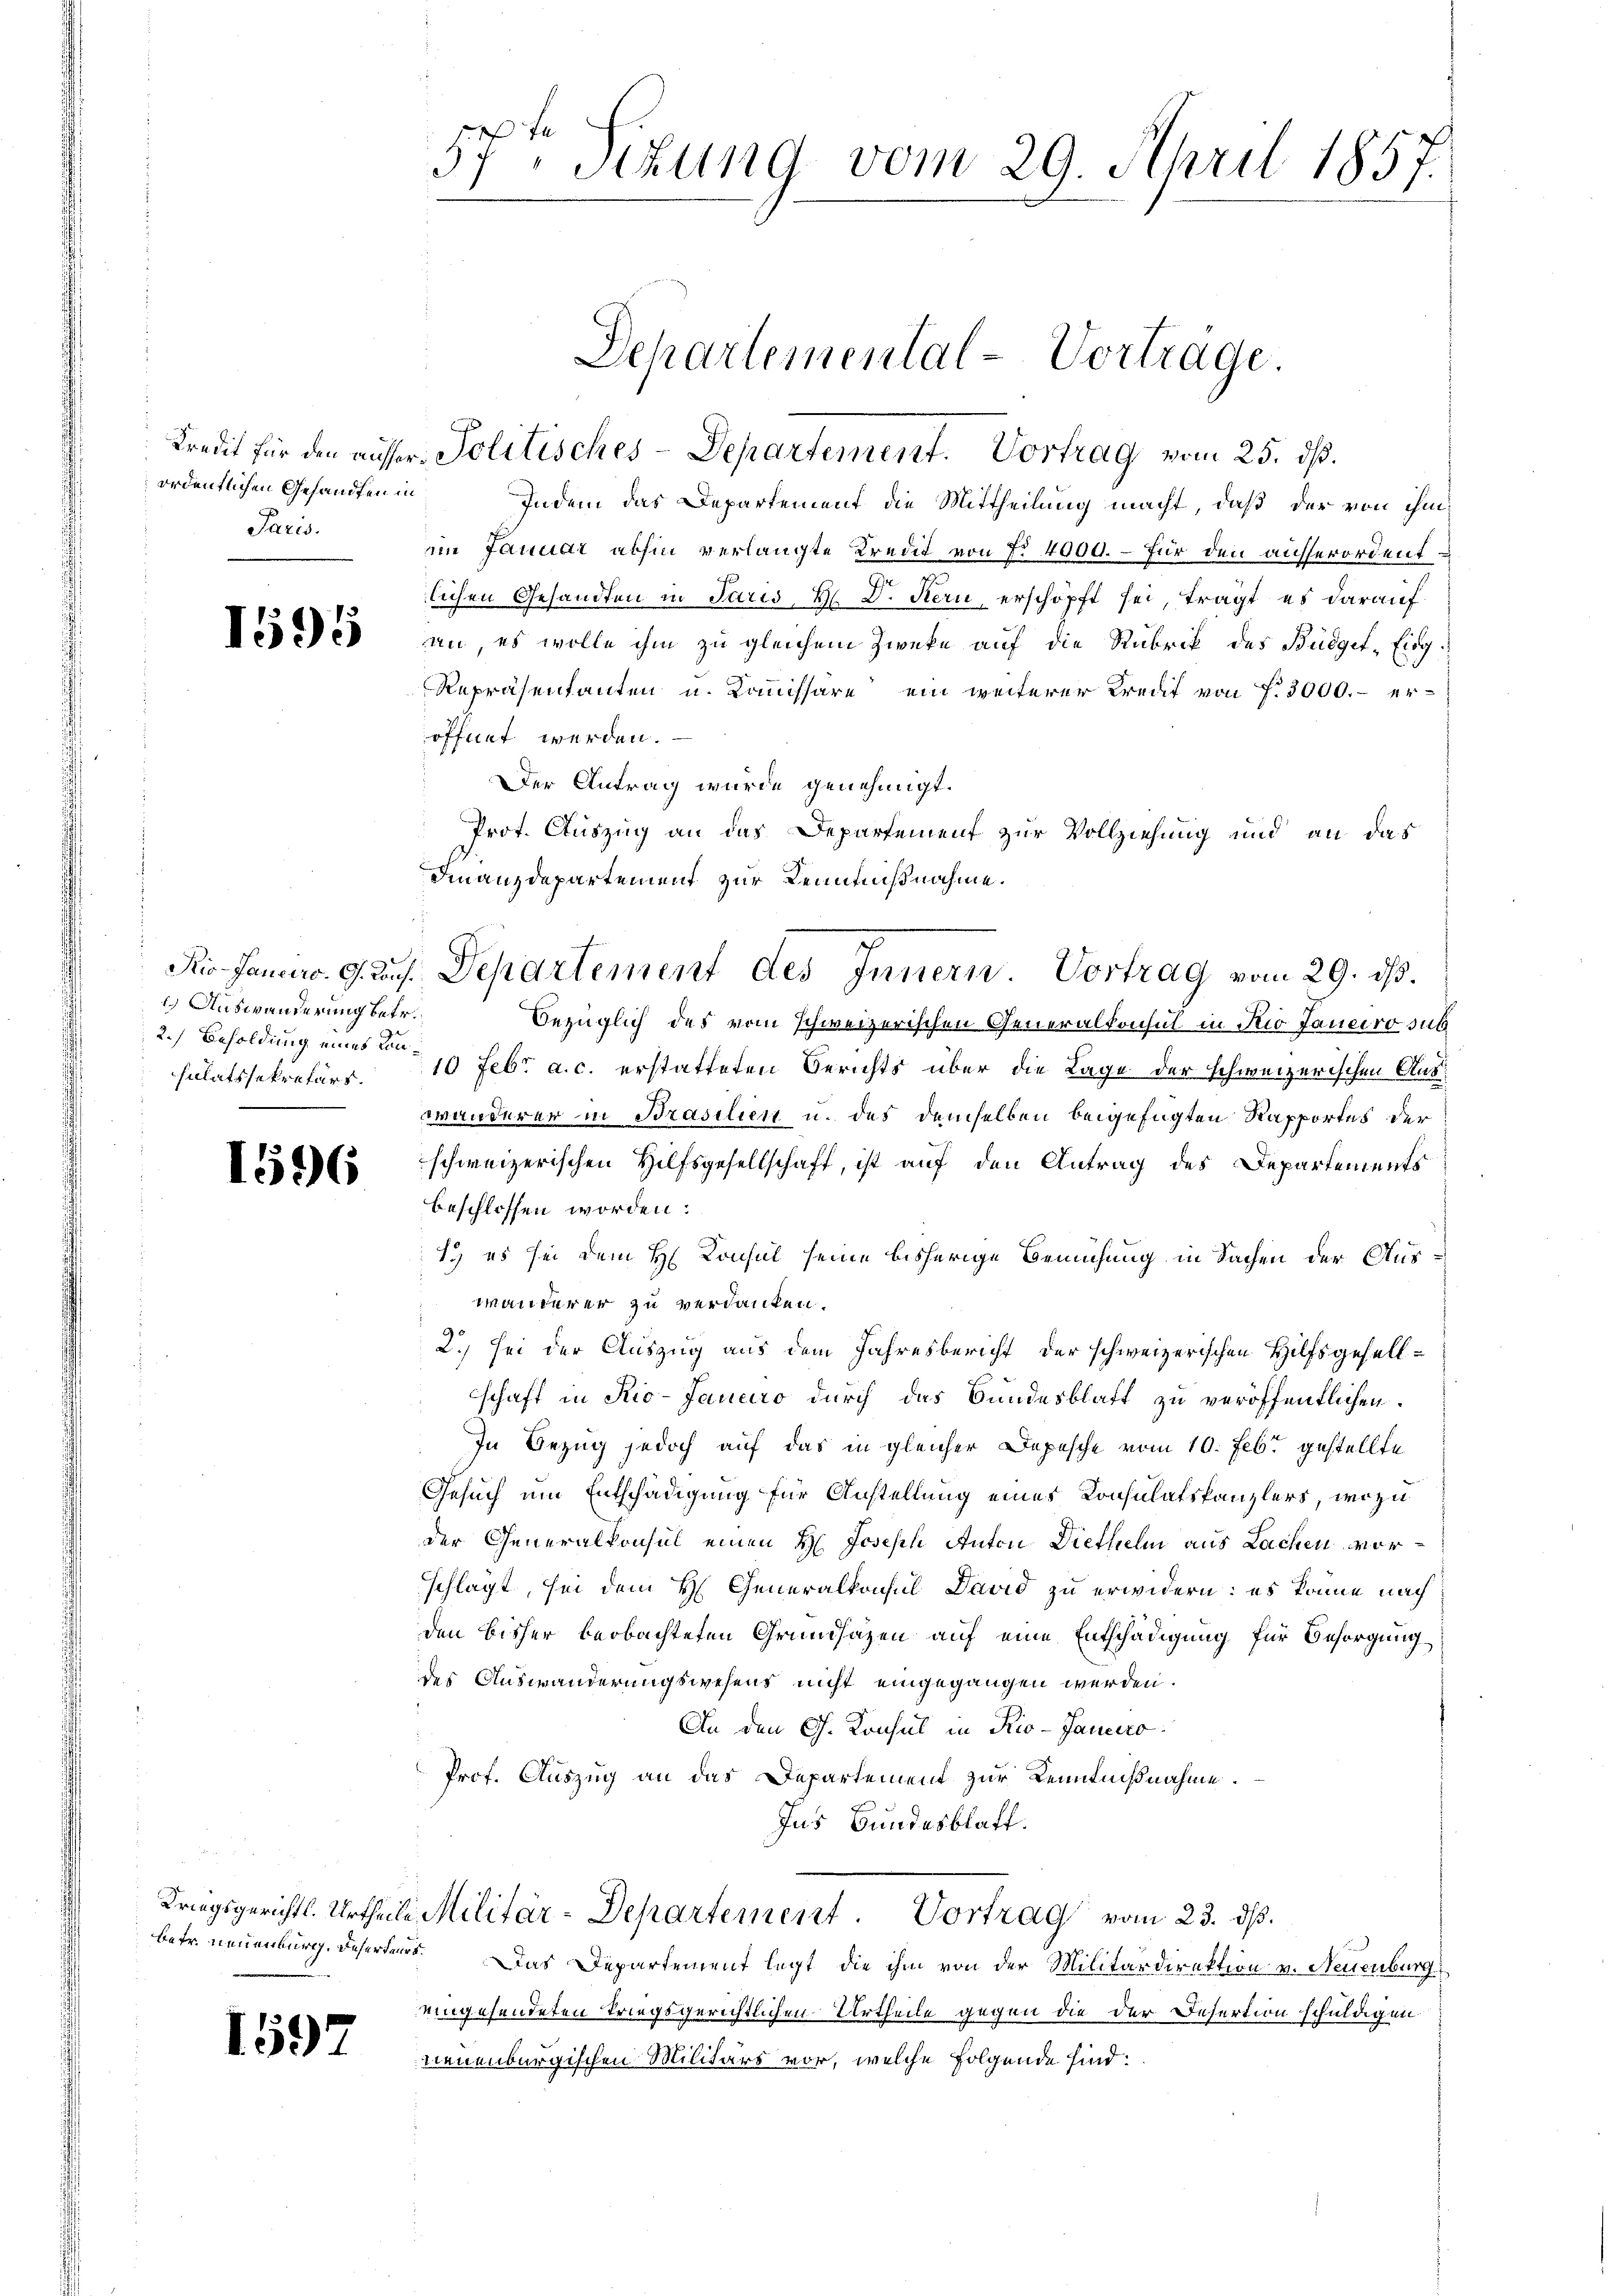
ordentlichen Gesandten in
Paris.

1595

1.) Auswänderung betr.
2.) Besoldung eines Konsulatssekretärs.

1596

1597

Indem das Departement die Mittheilung macht, daß der von ihm
im Januar abhin verlangte Kredit von f. 4000. – Für den ausserordentlichen Gesandten in Paris, H. D. Kern, erschöpft sei, trägt es darauf
an, es wolle ihm zu gleichem Zwecke auf die Rubrik des Büdget-Eidg.
Repräsentanten u. Kommissäre ein weiterer Kredit von f. 3000.- er-
öffnet werden.
Der Antrag wurde genehmigt.
Prot. Auszug an das Departement zur Vollziehung und an das
Finanzdepartement zur Kenntnißnahme.
Bezüglich des vom schweizerischen Generalkonsul in Rio Janeiro sub
10 Febr. a. c. erstatteten Berichts über die Lage der schweizerischen Auswanderer in Brasilien u. des demselben beigefügten Rapportes der
schweizerischen Hilfsgesellschaft, ist auf den Antrag des Departements
beschlossen worden:
1. es sei dem H Consul seine bisherige Bemühung in Sachen der Auswanderer zu verdanken.
2.) Sei der Auszug aus dem Jahresbericht der schweizerischen Hilfsgesellschaft in Rio-Janeiro durch das Bundesblatt zu veröffentlichen
In Bezug jedoch auf das in gleicher Depesche vom 10. Febr gestellte
Gesuch um Entschädigung für Anstellung eines Konsulatskanzlers, wozu
der Generalkonsul einen H. Joseph Anton Diethelm aus Lachen vorschlagt, sei dem H. Generalkonsul David zu erwidern: es könne nach
den bisher beobachteten Grundsazen auf eine Entschädigung für Besorgung
des Auswanderungswesens nicht eingegangen werden.
An den G. Konsul in Rio-Janeiro
Prof. Auszug an das Departement zur Kenntnißnahme.
Ins Bundesblatt.
Kriegsgerichts-Urtheile Militär-Departement. Vortrag vom 23. ds.
betr. neuenburg. Daherers. Das Departement legt, die ihm von der Militärdirektion v. Neuenburg
eingesendeten Kriegsgerichtlichen Urtheile gegen die der Desertion schuldigen.
neuenburgischen Militärs vor, welche folgende sind:

57. Situng vom 29. April 1857

Kredit für den ausser Politisches-Departement. Vortrag vom 25. ds.

Departemental-Vortrage.

Sir Janr. G. Ras. Departement des Innern. Vortrag vom 29. ds.